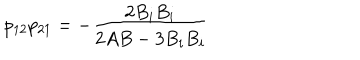
LaTeX: p _ { 1 2 } p _ { 2 1 } = - \frac { 2 B _ { i } B _ { i } } { 2 A B - 3 B _ { i } B _ { i } }